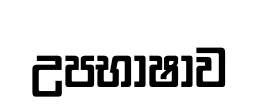
උපභාෂාව